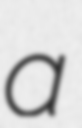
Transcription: a